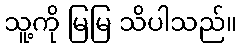
သူ့ကို မြမြ သိပါသည်။